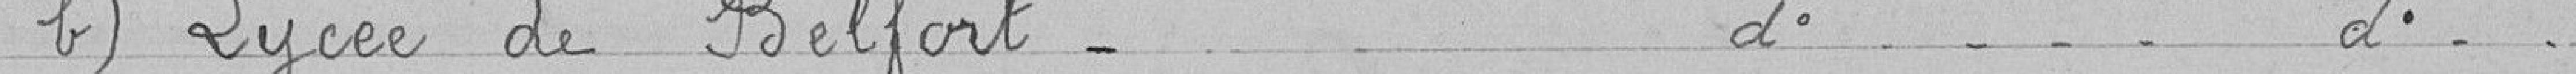
b) lycée de Belfort d° d°